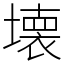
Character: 壊